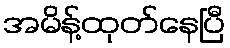
အမိန့်ထုတ်နေပြီ